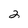
Character: 2